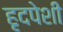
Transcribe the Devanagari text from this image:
हृदपेशी